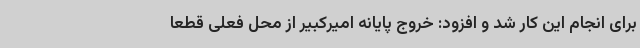
برای انجام این کار شد و افزود: خروج پایانه امیرکبیر از محل فعلی قطعا